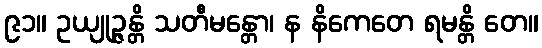
၉၁။ ဥယျုဉ္ဇန္တိ သတီမန္တော၊ န နိကေတေ ရမန္တိ တေ။